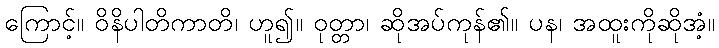
ကြောင့်။ ဝိနိပါတိကာတိ၊ ဟူ၍။ ဝုတ္တာ၊ ဆိုအပ်ကုန်၏။ ပန၊ အထူးကိုဆိုအံ့။